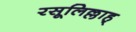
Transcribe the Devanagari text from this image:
रसूलिल्लाह्